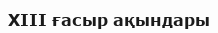
XIII ғасыр ақындары